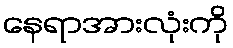
နေရာအားလုံးကို